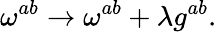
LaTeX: \omega^{ab}\rightarrow\omega^{ab}+\lambda g^{ab}.